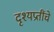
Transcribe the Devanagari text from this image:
दृश्यप्रतींचे